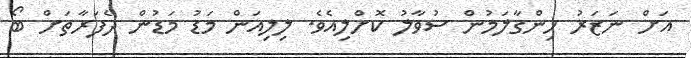
އަށް ނަޒަރު ހިންގާލަމުން ސުވާލު ކޮށްލިއެވެ. ލިލިއަން މަޑު މަޑުން ދެފަރާތަށް ބޯ